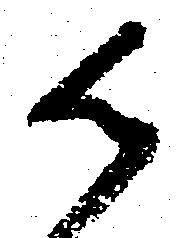
御